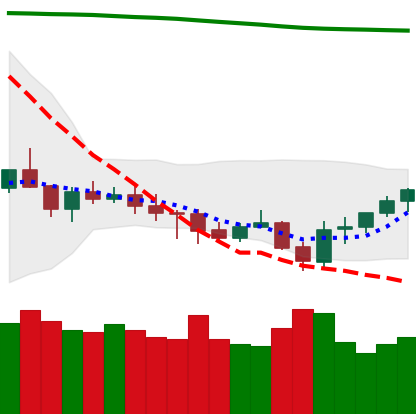
Ticker: XMR-USD
Chart end date: 2021-07-25
Forward return: 13.729%
Label: up_7plus